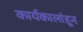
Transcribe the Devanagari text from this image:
कार्यकालांहून